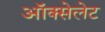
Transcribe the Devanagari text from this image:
ऑक्सेलेट